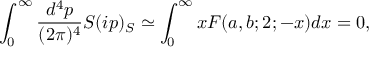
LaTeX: \int _ { 0 } ^ { \infty } \frac { d ^ { 4 } p } { ( 2 \pi ) ^ { 4 } } S ( i p ) _ { S } \simeq \int _ { 0 } ^ { \infty } x F ( a , b ; 2 ; - x ) d x = 0 ,